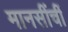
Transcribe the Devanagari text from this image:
मानसींचीं